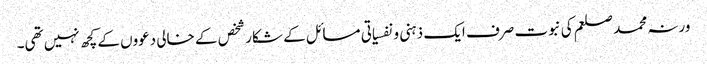
ورنہ محمد صلعم کی نبوت صرف ایک ذہنی و نفسیاتی مسائل کے شکار شخص کے خالی دعووں کے کچھ نہیں تھی۔